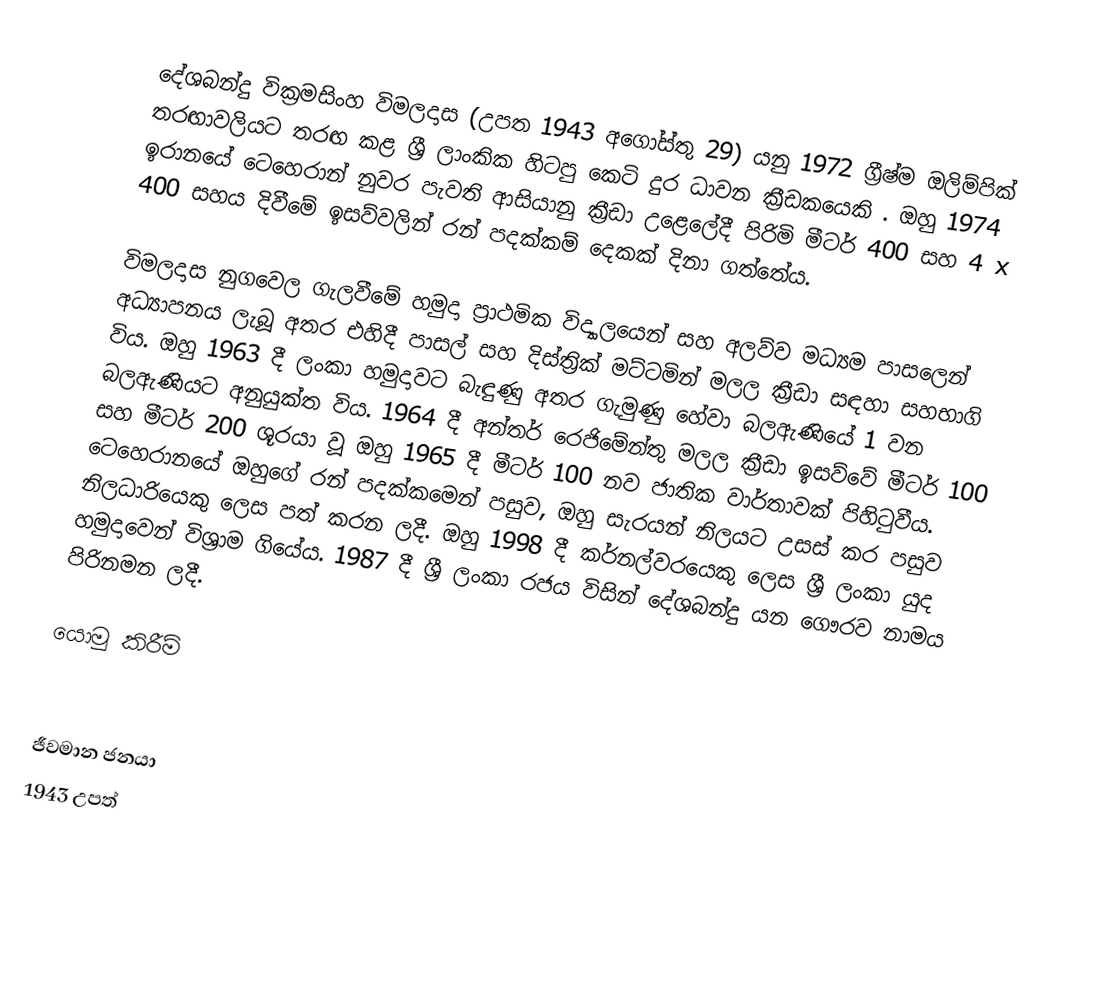
දේශබන්දු වික්‍රමසිංහ විමලදාස (උපත 1943 අගෝස්තු 29) යනු 1972 ග්‍රීෂ්ම ඔලිම්පික් තරඟාවලියට තරඟ කළ ශ්‍රී ලාංකික හිටපු කෙටි දුර ධාවන ක්‍රීඩකයෙකි .  ඔහු 1974 ඉරානයේ ටෙහෙරාන් නුවර පැවති ආසියානු ක්‍රීඩා උළෙලේදී පිරිමි මීටර් 400 සහ 4 x 400 සහය දිවීමේ ඉසව්වලින් රන් පදක්කම් දෙකක් දිනා ගත්තේය.

විමලදාස නුගවෙල ගැලවීමේ හමුදා ප්‍රාථමික විද්‍යාලයෙන් සහ අලව්ව මධ්‍යම පාසලෙන් අධ්‍යාපනය ලැබූ අතර එහිදී පාසල් සහ දිස්ත්‍රික් මට්ටමින් මලල ක්‍රීඩා සඳහා සහභාගි විය. ඔහු 1963 දී ලංකා හමුදාවට බැඳුණු අතර ගැමුණු හේවා බලඇණියේ 1 වන බලඇණියට අනුයුක්ත විය. 1964 දී අන්තර් රෙජිමේන්තු මලල ක්‍රීඩා ඉසව්වේ මීටර් 100 සහ මීටර් 200 ශූරයා වූ ඔහු 1965 දී මීටර් 100 නව ජාතික වාර්තාවක් පිහිටුවීය. ටෙහෙරානයේ ඔහුගේ රන් පදක්කමෙන් පසුව, ඔහු සැරයන් නිලයට උසස් කර පසුව නිලධාරියෙකු ලෙස පත් කරන ලදී. ඔහු 1998 දී කර්නල්වරයෙකු ලෙස ශ්‍රී ලංකා යුද හමුදාවෙන් විශ්‍රාම ගියේය. 1987 දී ශ්‍රී ලංකා රජය විසින් දේශබන්දු යන ගෞරව නාමය පිරිනමන ලදී.

යොමු කිරීම්

ජීවමාන ජනයා
1943 උපත්